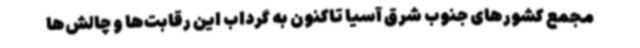
مجمع کشورهای جنوب شرق آسیا تاکنون به گرداب این رقابت‌ها و چالش‌ها